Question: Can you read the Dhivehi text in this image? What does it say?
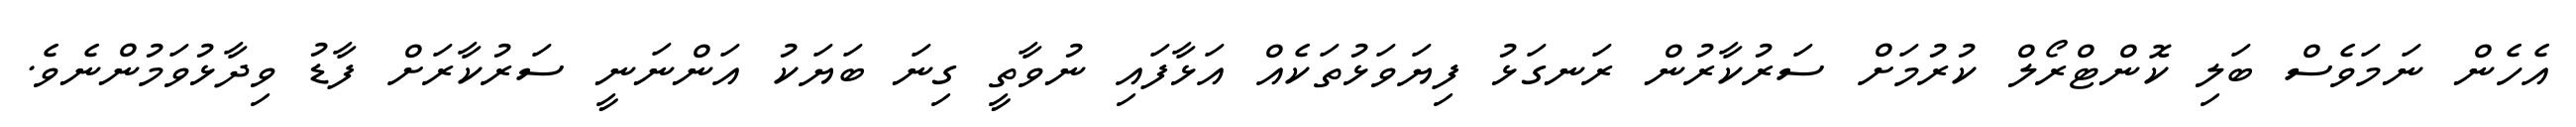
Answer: އެހެން ނަމަވެސް ބަލި ކޮންޓްރޯލް ކުރުމަށް ސަރުކާރުން ރަނގަޅު ފިޔަވަޅުތަކެއް އަޅާފައި ނުވާތީ ގިނަ ބަޔަކު އަންނަނީ ސަރުކާރަށް ފާޑު ވިދާޅުވަމުންނެވެ.